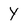
Character: Y